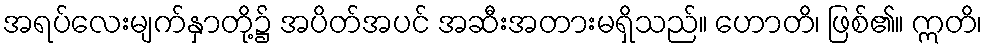
အရပ်လေးမျက်နှာတို့၌ အပိတ်အပင် အဆီးအတားမရှိသည်။ ဟောတိ၊ ဖြစ်၏။ ဣတိ၊